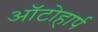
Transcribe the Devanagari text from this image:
ऑटोहार्प